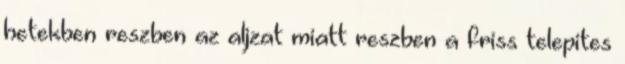
hetekben reszben az aljzat miatt reszben a friss telepites